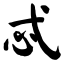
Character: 忒